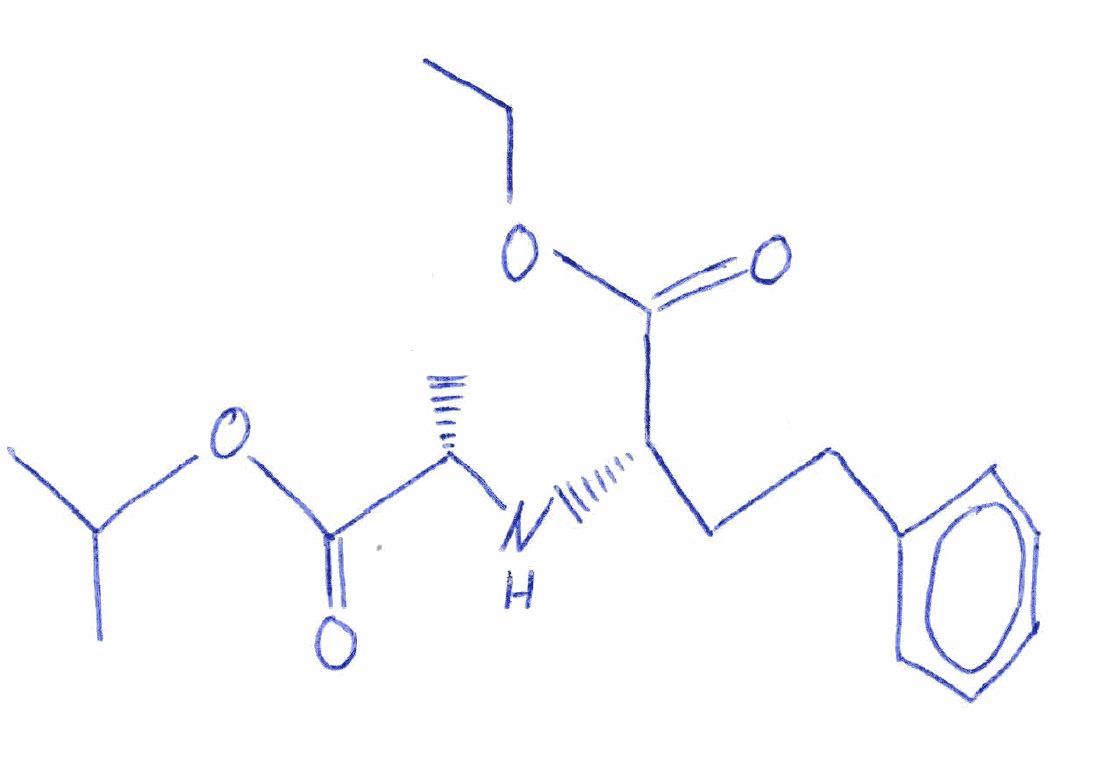
Simplified molecular-input line-entry system (SMILES) notation of the given molecule:
CCOC(=O)[C@H](CCC1=CC=CC=C1)N[C@@H](C)C(=O)OC(C)C